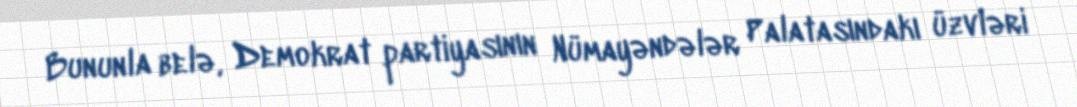
Bununla belə, Demokrat partiyasının Nümayəndələr Palatasındakı üzvləri